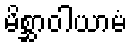
မိစ္ဆာဝါယာမံ